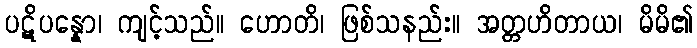
ပဋိပန္နော၊ ကျင့်သည်။ ဟောတိ၊ ဖြစ်သနည်း။ အတ္တဟိတာယ၊ မိမိ၏